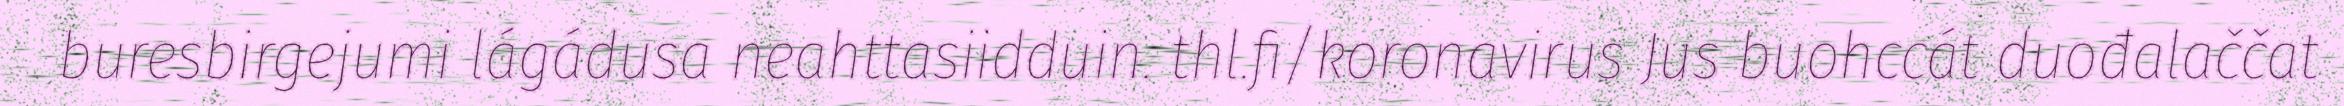
buresbirgejumi lágádusa neahttasiidduin. thl.fi/koronavirus Jus buohccát duođalaččat